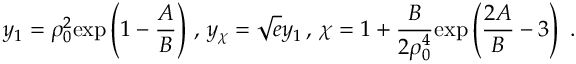
y _ { 1 } = \rho _ { 0 } ^ { 2 } \mathrm { e x p } \left( 1 - { \frac { A } { B } } \right) \, , \, y _ { \chi } = \sqrt { e } y _ { 1 } \, , \, \chi = 1 + { \frac { B } { 2 \rho _ { 0 } ^ { 4 } } } \mathrm { e x p } \left( { \frac { 2 A } { B } } - 3 \right) ~ .